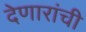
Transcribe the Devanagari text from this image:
देणारांची